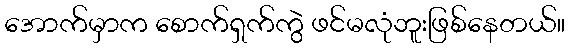
အောက်မှာက စောက်ရှက်ကွဲ ဖင်မလုံဘူးဖြစ်နေတယ်။